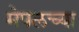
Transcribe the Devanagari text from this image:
मेपलच्या